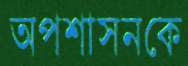
অপশাসনকে